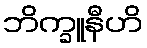
ဘိက္ခူနီဟိ